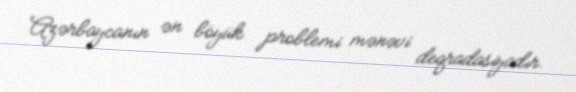
Azərbaycanın ən böyük problemi mənəvi deqradasiyadır.